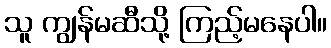
သူ ကျွန်မဆီသို့ ကြည့်မနေပါ။